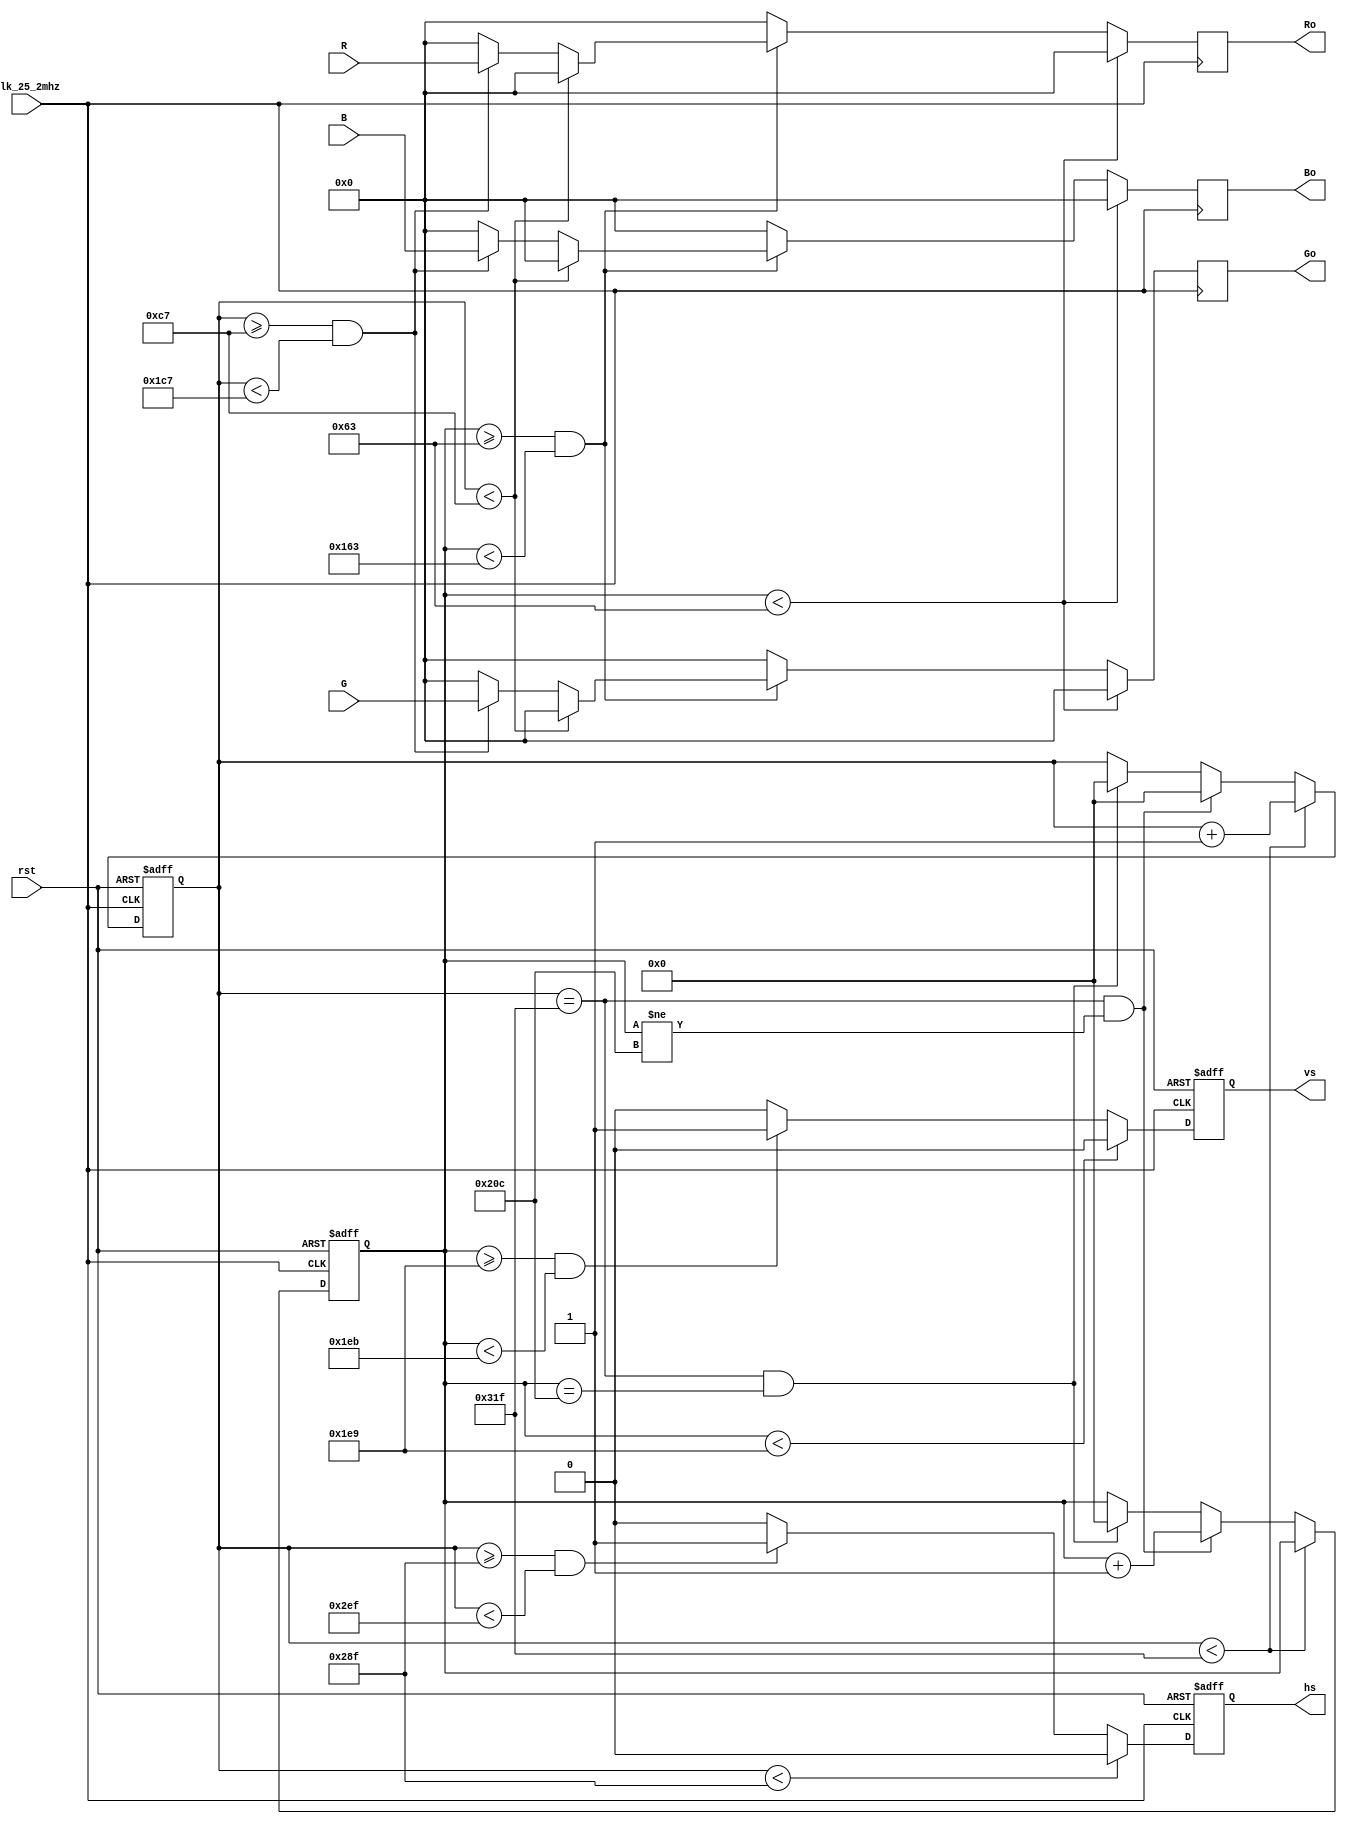
`timescale 1ns / 1ps
//////////////////////////////////////////////////////////////////////////////////
// Company: 
// Engineer: 
// 
// Design Name: 
// Module Name: vga
// Project Name: 
// Target Devices: 
// Tool Versions: 
// Description: 
// 
// Dependencies: 
// 
// Revision:
// Revision 0.01 - File Created
// Additional Comments:
// 
//////////////////////////////////////////////////////////////////////////////////


module vga(
    input clk_25_2mhz,rst,
    input [3:0]R,G,B,
    output reg [3:0]Ro,Go,Bo,
    output reg hs,vs
    );
    
    parameter LINE1=200;
        parameter LINE2=456;
        parameter LINE3=640;
        parameter LINE4=656;
        parameter LINE5=752;
        parameter LINE6=800;
          
        parameter ROW1=100;
        parameter ROW2=356;
        parameter ROW3=480;
        parameter ROW4=490;
        parameter ROW5=492;
        parameter ROW6=525;
   
    reg [15:0]line,row;
    
    
    always @ (posedge clk_25_2mhz)
    begin
        if (row<ROW1-1)
        begin
            Ro<=0;
            Go<=0;
            Bo<=0;
        end
        else 
        begin
            if (row>=ROW1-1 && row<ROW2-1)
            begin
                if (line<LINE1-1)
                begin
                    Ro<=0;
                    Go<=0;
                    Bo<=0;
                end
                else if (line>=LINE1-1 && line<LINE2-1)
                begin
                    Ro<=R;
                    Go<=G;
                    Bo<=B;
                end
                else 
                begin
                    Ro<=0;
                    Go<=0;
                    Bo<=0;
                end
            end
            else 
            begin
                Ro<=0;
                Go<=0;
                Bo<=0;
            end
        end
    end
    
    always @ (posedge clk_25_2mhz or posedge rst)
    begin
        if (rst)
        begin
            hs<=0;
        end
        else 
        begin
            if (line<LINE4-1)
                hs<=0;
            else if (line>=LINE4-1 && line<LINE5-1)
                hs<=1;
            else
                hs<=0;
        end
    end
    
    always @ (posedge clk_25_2mhz or posedge rst)
    begin
        if (rst)
            vs<=0;
        else 
        begin
            if (row<ROW4-1)
                vs<=0;
            else if (row>=ROW4-1 && row<ROW5-1)
                vs<=1;
            else 
                vs<=0;
        end
    end
    
    
    always @ (posedge clk_25_2mhz or posedge rst)
    begin
        if (rst)
        begin
            line<=0;
            row<=0;
        end
        else
        begin
            if (line<LINE6-1)
            begin
                line<=line+1;
                row<=row;
            end
            else if(line==LINE6-1 && row!=ROW6-1)
            begin
                line<=0;
                row<=row+1;
            end 
            else if(line==LINE6-1 && row==ROW6-1)
            begin
                line<=0;
                row<=0;
            end 
        end
    end
    
endmodule